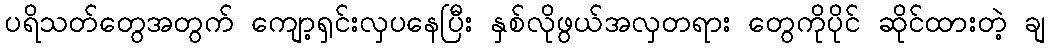
ပရိသတ်တွေအတွက် ကျော့ရှင်းလှပနေပြီး နှစ်လိုဖွယ်အလှတရား တွေကိုပိုင် ဆိုင်ထားတဲ့ ချ